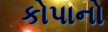
કોપાનો